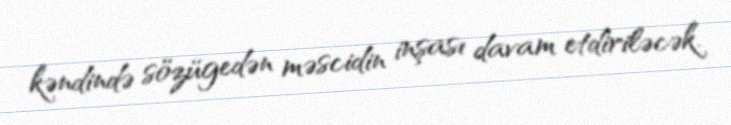
kəndində sözügedən məscidin inşası davam etdiriləcək.